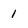
Character: 1